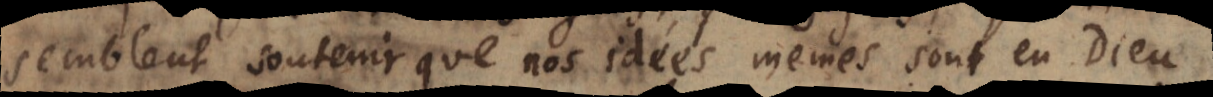
semblent soutenir que nos idées mêmes sont en Dieu,